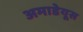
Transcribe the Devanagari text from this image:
अमाडेयूस